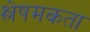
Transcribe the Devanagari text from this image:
श्लेषमकता